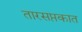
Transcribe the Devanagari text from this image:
तारसप्तकात